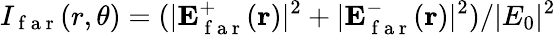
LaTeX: I_{\mathrm{~f~a~r~}}(r,\theta)=(|\mathbf{E}_{\mathrm{~f~a~r~}}^{+}(\mathbf{r})|^{2}+|\mathbf{E}_{\mathrm{~f~a~r~}}^{-}(\mathbf{r})|^{2})/|E_{0}|^{2}